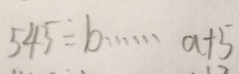
5 4 5 \div b \cdots a + 5